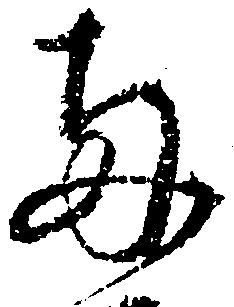
両